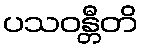
ပသဝန္တီတိ